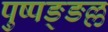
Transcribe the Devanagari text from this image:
पुष्पङ्ङल्ल